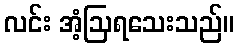
လင်း အံ့ဩရသေးသည်။